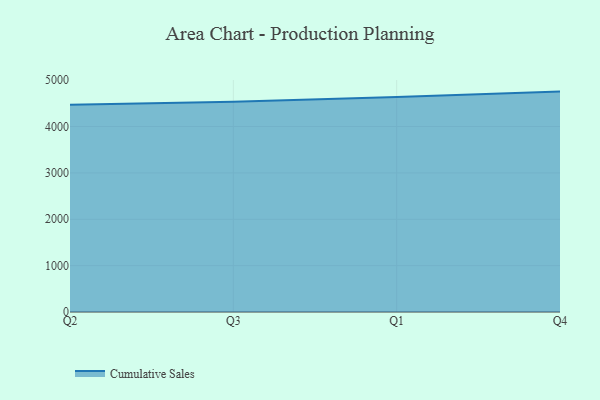
{"axis": {"x": "Quarter", "y": "Humidity (%)"}, "legend": ["Cumulative Sales"], "data": [{"x": "Q2", "y": 4471.5, "type": "Cumulative Sales"}, {"x": "Q3", "y": 4535.3, "type": "Cumulative Sales"}, {"x": "Q1", "y": 4637.7, "type": "Cumulative Sales"}, {"x": "Q4", "y": 4753.6, "type": "Cumulative Sales"}]}